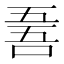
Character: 𠵥